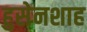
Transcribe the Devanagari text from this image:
हुसेनशाह